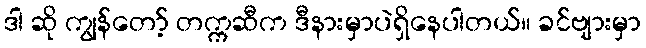
ဒါ ဆို ကျွန်တော့် တက္ကဆီက ဒီနားမှာပဲရှိနေပါတယ်။ ခင်ဗျားမှာ